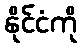
နိုင်ငံကို